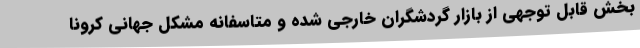
بخش قابل توجهی از بازار گردشگران خارجی شده و متاسفانه مشکل جهانی کرونا